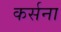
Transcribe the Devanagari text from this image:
कर्सना